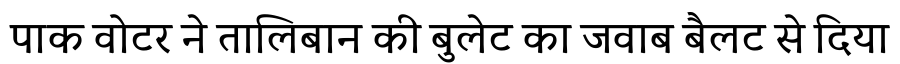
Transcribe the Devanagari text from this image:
पाक वोटर ने तालिबान की बुलेट का जवाब बैलट से दिया